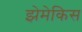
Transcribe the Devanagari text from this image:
झेमेकिस